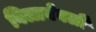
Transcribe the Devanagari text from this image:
विलाबेवर्ली